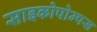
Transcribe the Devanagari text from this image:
साइकोपोम्पस